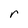
Character: r